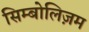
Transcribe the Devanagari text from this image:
सिम्बोलिज़म